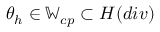
\theta _ { h } \in \mathbb { W } _ { c p } \subset H ( d i v )